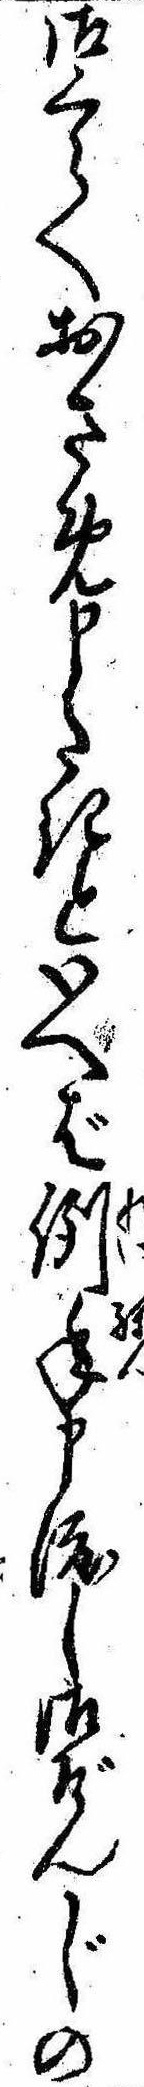
御くらへおさめ申たきといへば例年申渡し御ぞんじの